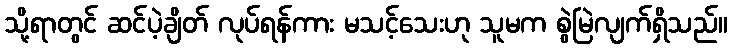
သို့ရာတွင် ဆင်ပဲ့ချိတ် လုပ်ရန်ကား မသင့်သေးဟု သူမက စွဲမြဲလျက်ရှိသည်။